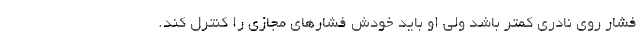
فشار روی نادری کمتر باشد ولی او باید خودش فشارهای مجازی را کنترل کند.